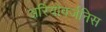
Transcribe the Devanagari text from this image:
अरियोवर्जनिस